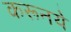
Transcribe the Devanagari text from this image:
करूनये